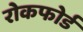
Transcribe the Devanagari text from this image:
रोकफोर्ड